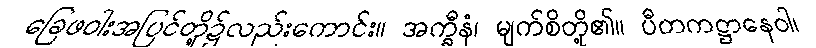
ခြေဖဝါးအပြင်တို့၌လည်းကောင်း။ အက္ခီနံ၊ မျက်စိတို့၏။ ပီတကဋ္ဌာနေဝါ၊